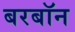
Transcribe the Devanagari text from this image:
बरबॉन